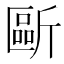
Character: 𣂻